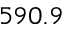
5 9 0 . 9